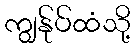
ကျွန်ုပ်ထံသို့